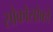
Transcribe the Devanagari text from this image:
सोकोसोको